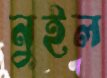
নুইল